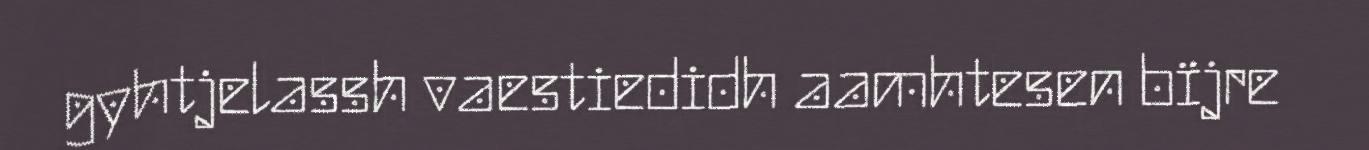
gyhtjelassh vaestiedidh aamhtesen bïjre